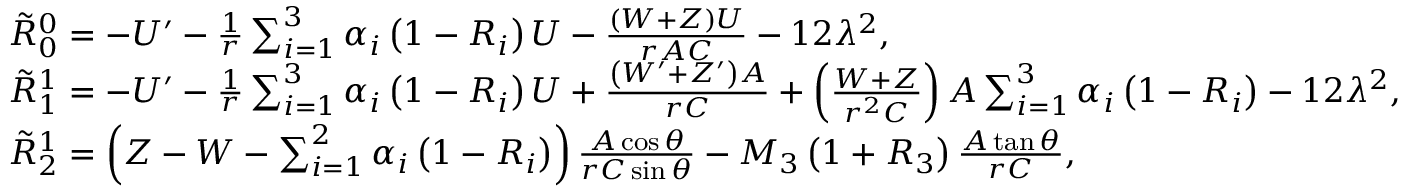
\begin{array} { r l } & { \tilde { R } _ { 0 } ^ { 0 } = - U ^ { \prime } - \frac { 1 } { r } \sum _ { i = 1 } ^ { 3 } \alpha _ { i } \left( 1 - R _ { i } \right) U - \frac { ( W + Z ) U } { r A C } - 1 2 \lambda ^ { 2 } , } \\ & { \tilde { R } _ { 1 } ^ { 1 } = - U ^ { \prime } - \frac { 1 } { r } \sum _ { i = 1 } ^ { 3 } \alpha _ { i } \left( 1 - R _ { i } \right) U + \frac { \left( W ^ { \prime } + Z ^ { \prime } \right) A } { r C } + \left( \frac { W + Z } { r ^ { 2 } C } \right) A \sum _ { i = 1 } ^ { 3 } \alpha _ { i } \left( 1 - R _ { i } \right) - 1 2 \lambda ^ { 2 } , } \\ & { \tilde { R } _ { 2 } ^ { 1 } = \left( Z - W - \sum _ { i = 1 } ^ { 2 } \alpha _ { i } \left( 1 - R _ { i } \right) \right) \frac { A \cos \theta } { r C \sin \theta } - M _ { 3 } \left( 1 + R _ { 3 } \right) \frac { A \tan \theta } { r C } , } \end{array}